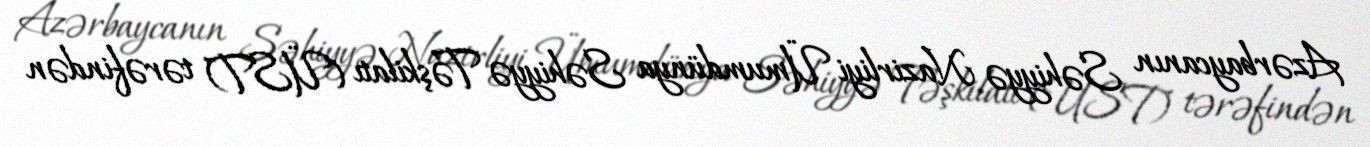
Azərbaycanın Səhiyyə Nazirliyi Ümumdünya Səhiyyə Təşkilatı (ÜST) tərəfindən